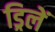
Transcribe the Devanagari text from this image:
ड्रिलें